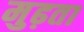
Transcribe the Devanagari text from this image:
मुढ़ता